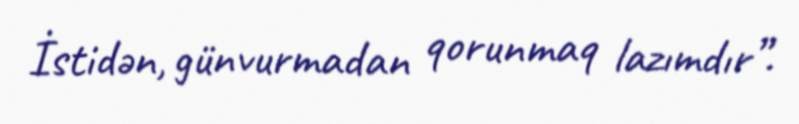
İstidən, günvurmadan qorunmaq lazımdır”.